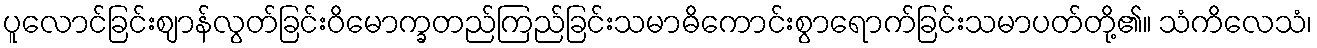
ပူလောင်ခြင်းဈာန်လွတ်ခြင်းဝိမောက္ခတည်ကြည်ခြင်းသမာဓိကောင်းစွာရောက်ခြင်းသမာပတ်တို့၏။ သံကိလေသံ၊